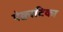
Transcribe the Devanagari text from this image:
ऐक्वाटिका